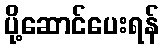
ပို့ဆောင်ပေးရန်